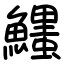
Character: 𩼞